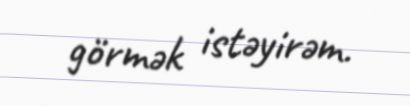
görmək istəyirəm.